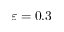
\varepsilon = 0 . 3